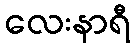
လေးနာရီ